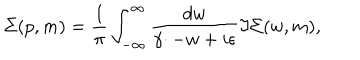
\Sigma ( p , m ) = \frac { 1 } { \pi } \int _ { - \infty } ^ { \infty } \frac { d w } { \gamma \cdotp - w + i \epsilon } \Im \Sigma ( w , m ) ,